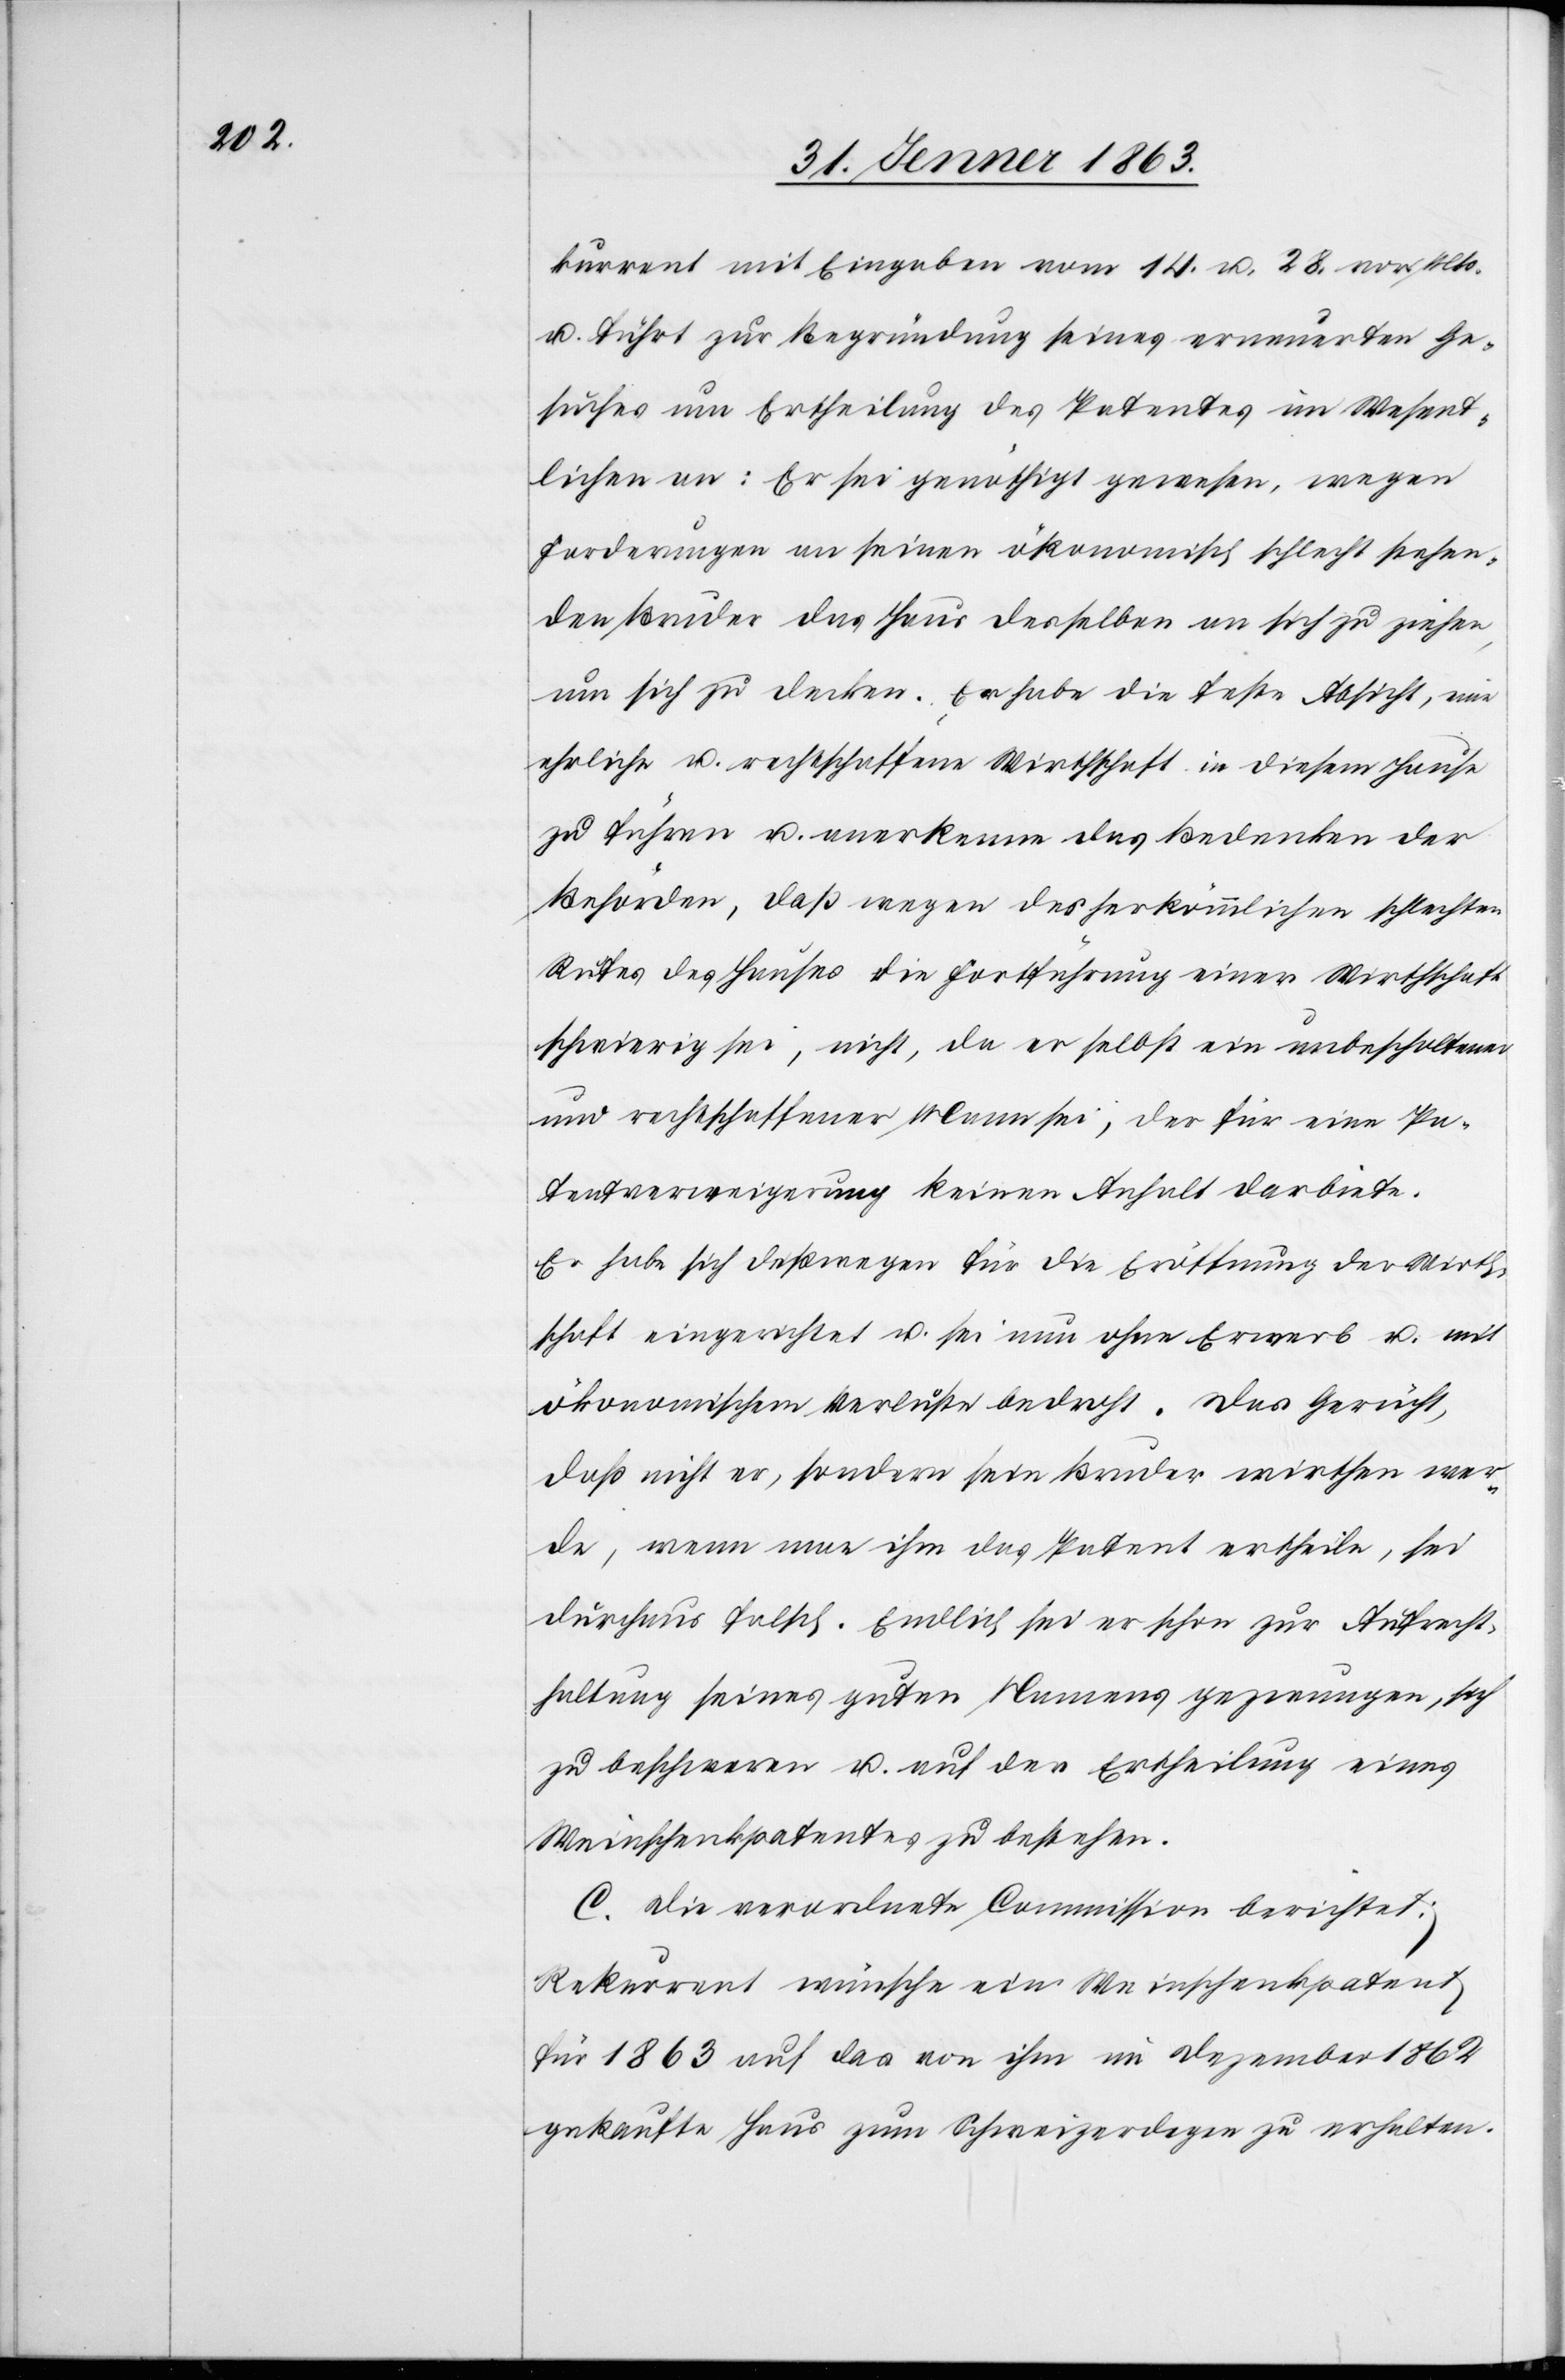
kurrent mit Eingaben vom 14. u. 28. vor. Mts.
u. führt zur Begründung seines erneuerten Ge¬
suches um Ertheilung des Patentes im Wesent¬
lichen an: Er sei genöthigt gewesen, wegen
Forderungen an seinen ökonomisch schlecht stehen¬
den Bruder das Haus desselben an sich zu ziehen,
um sich zu decken. Er habe die feste Absicht, eine
ehrliche u. rechtschaffene Wirthschaft in diesem Hause
zu führen u. anerkenne das Bedenken der
Behörden, daß wegen des herkömmlichen schlechten
Rufes des Hauses die Fortführung einer Wirthschaft
schwierig sei, nicht, da er selbst ein unbescholtener
und rechtschaffener Mann sei, der für eine Pa¬
tentverweigerung keinen Anhalt darbiete.
Er habe sich deßwegen für die Eröffnung der Wirth¬
schaft eingerichtet u. sei nun ohne Erwerb u. mit
ökonomischem Verluste bedroht. Das Gerücht,
daß nicht er, sondern sein Bruder wirthen wer¬
de, wenn man ihm das Patent ertheile, sei
durchaus falsch. Endlich sei er schon zur Aufrecht¬
haltung seines guten Namens gezwungen, sich
zu beschweren u. auf der Ertheilung eines
Weinschenkpatentes zu bestehen.
C. Die verordnete Commission berichtet:
Rekurrent wünsche ein Weinschenkpatent
für 1863 auf das von ihm im Dezember 1862
gekaufte Haus zum Schweizerdegen zu erhalten.